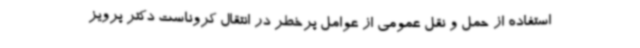
استفاده از حمل و نقل عمومی از عوامل پرخطر در انتقال کروناست دکتر پرویز